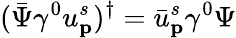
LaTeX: ({\bar{\Psi}}\gamma^{0}u_{\textbf{p}}^{s})^{\dagger}={\bar{u}}_{\textbf{p}}^{s}\gamma^{0}\Psi